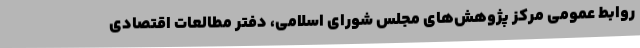
روابط عمومی مرکز پژوهش‌های مجلس شورای اسلامی، دفتر مطالعات اقتصادی